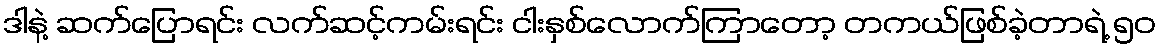
ဒါနဲ့ ဆက်ပြောရင်း လက်ဆင့်ကမ်းရင်း ငါးနှစ်လောက်ကြာတော့ တကယ်ဖြစ်ခဲ့တာရဲ့ ၅၀